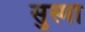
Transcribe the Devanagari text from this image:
सुस्मा